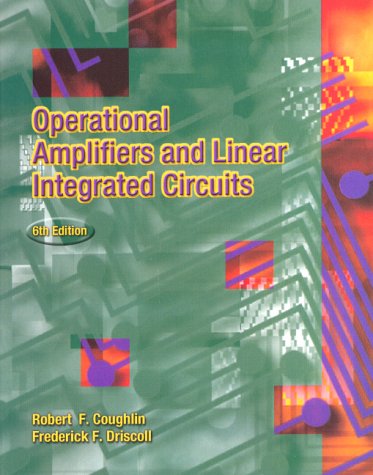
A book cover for Operational Amplifiers and Linear Integrated Circuits (6th Edition); Robert F. Coughlin; Business & Money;